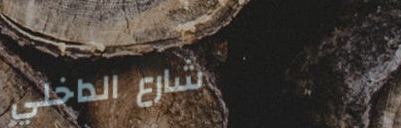
شارع الداخلي